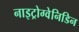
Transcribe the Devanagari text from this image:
नाइट्रोग्वेनिडिन